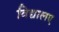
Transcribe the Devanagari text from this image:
विद्यालए